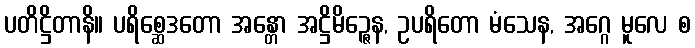
ပတိဋ္ဌိတာနိ။ ပရိစ္ဆေဒတော အန္တော အဋ္ဌိမိဉ္ဇေန, ဥပရိတော မံသေန, အဂ္ဂေ မူလေ စ